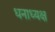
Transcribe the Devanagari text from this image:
धनाध्यक्ष